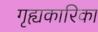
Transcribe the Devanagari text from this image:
गृह्यकारिका